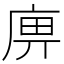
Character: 𢈷